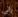
إلى